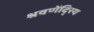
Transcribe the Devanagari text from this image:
श्रवणेंदि्रय